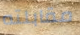
مقابلته